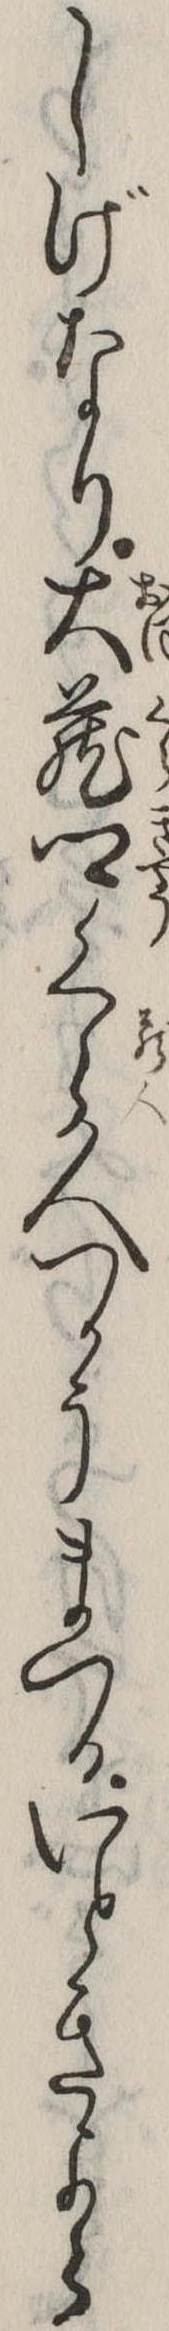
しげなり大蔵卿くら人つかうまつるいときよら